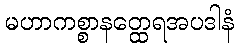
မဟာကစ္စာနတ္ထေရအပဒါနံ